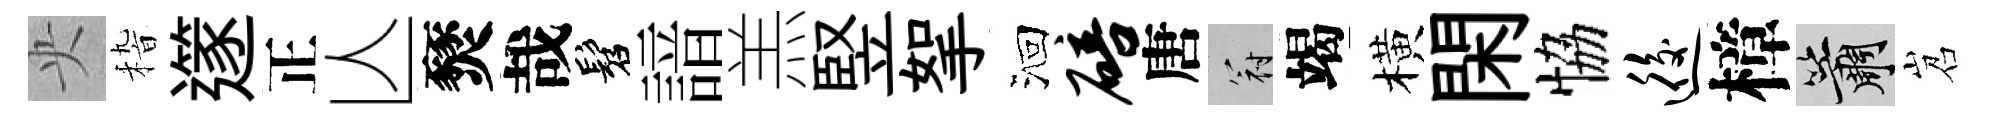
央𥟵𨗹正亾燹哉髫諳羔竪挐洄碚唐冠竭橫閑恊逅樟簫岧